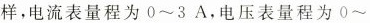
样，电流表量程为0~3A，电压表量程为0~